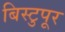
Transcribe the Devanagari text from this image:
बिस्टुपूर